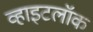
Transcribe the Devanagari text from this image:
व्हाइटलॉक